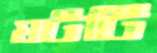
ঘটটি